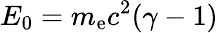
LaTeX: E_{0}=m_{\mathrm{e}}c^{2}(\gamma-1)